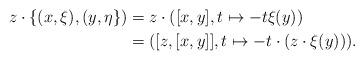
LaTeX: \begin{align*}z\cdot \{(x,\xi),(y,\eta\}) &= z\cdot ([x,y],t\mapsto -t \xi(y))\\&=([z,[x,y]], t\mapsto -t\cdot (z\cdot \xi(y))).\end{align*}